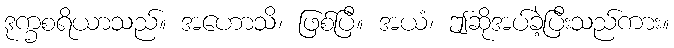
ဒုက္ခစရိယာသည်။ အဟောသိ၊ ဖြစ်ပြီ။ အယံ၊ ဤဆိုအပ်ခဲ့ပြီးသည်ကား။